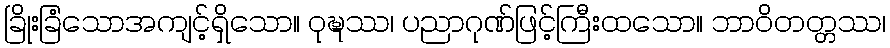
ခြိုးခြံသောအကျင့်ရှိသော။ ဝုဍ္ဎဿ၊ ပညာဂုဏ်ဖြင့်ကြီးထသော။ ဘာဝိတတ္တဿ၊